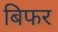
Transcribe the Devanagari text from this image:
बिफर